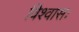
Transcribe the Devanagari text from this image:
विश्वासः